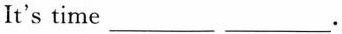
It's time ___.